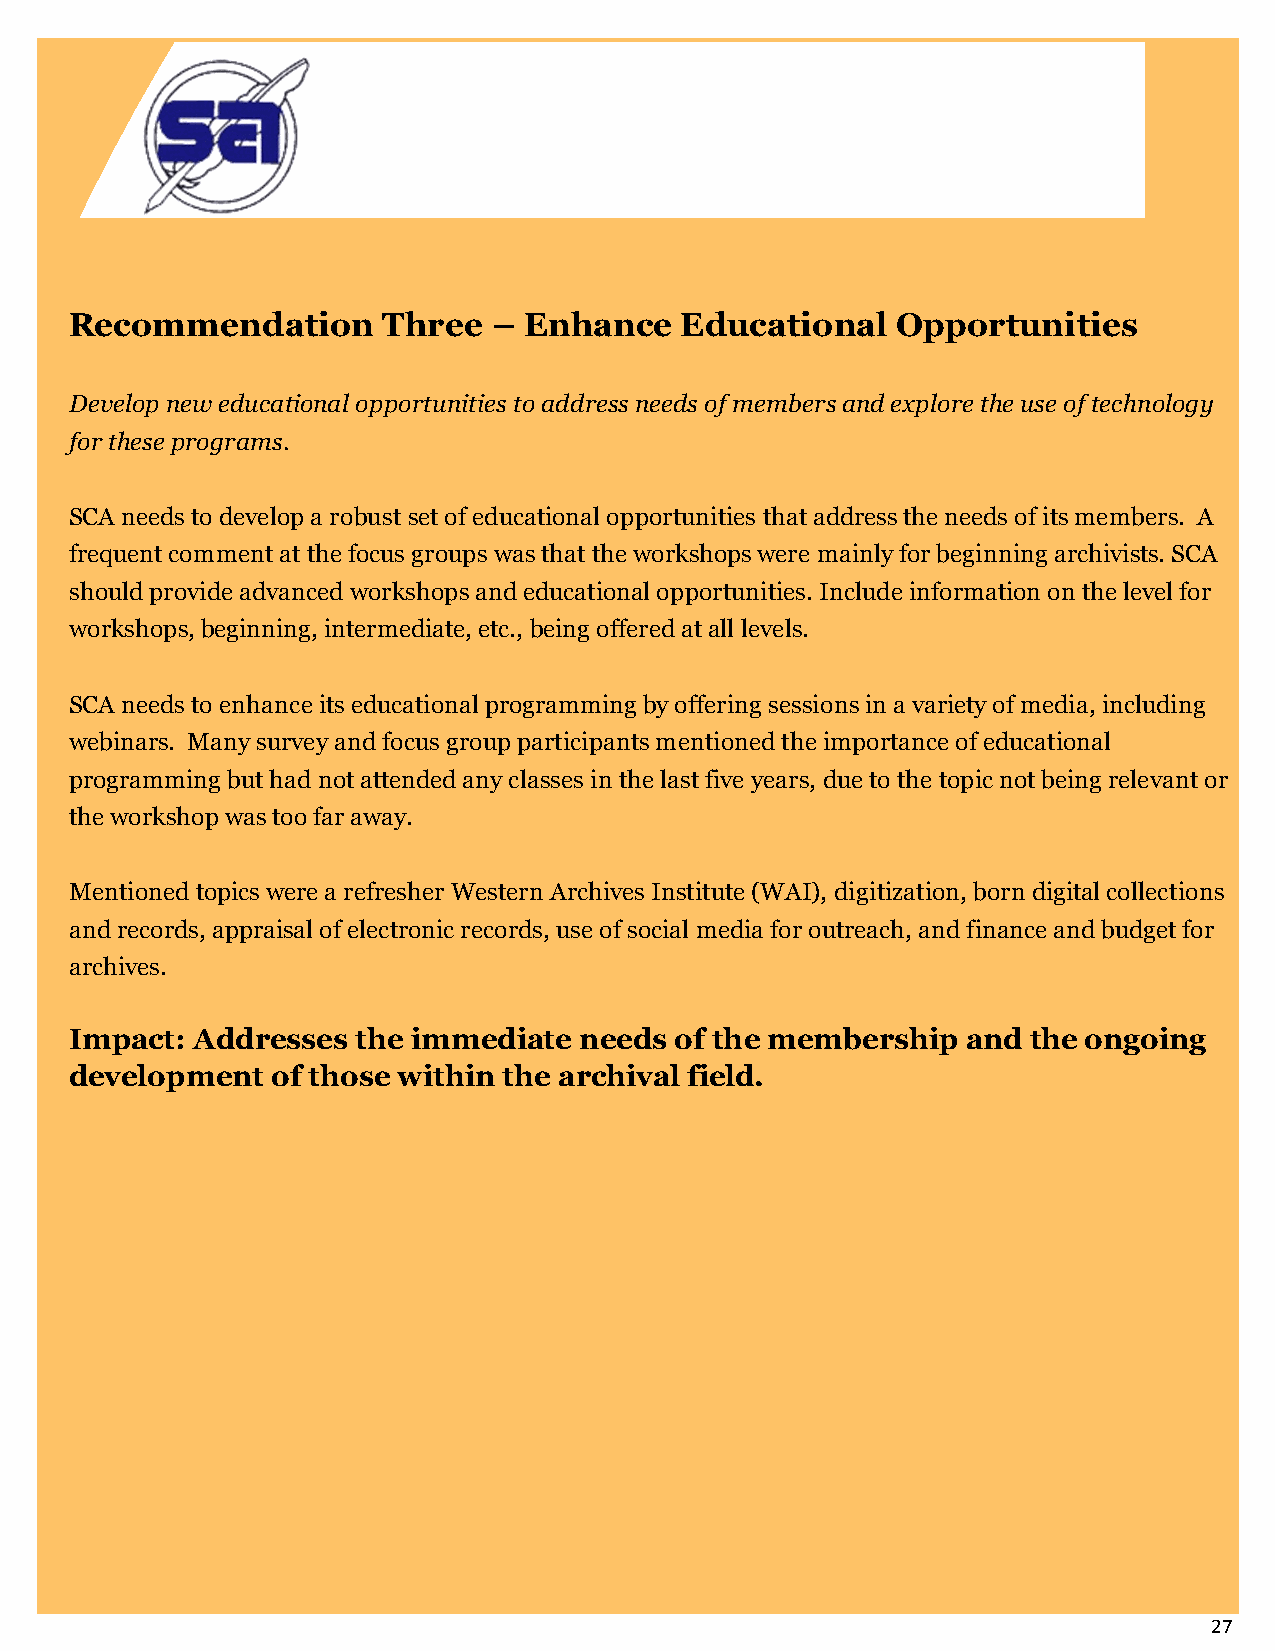
Recommendation      Three   – Enhance   Educational   Opportunities
 Develop new educational opportunities to address needs of members and explore the use of technology
 for these programs.
 SCA needs to develop a robust set of educational opportunities that address the needs of its members. A
 frequent comment at the focus groups was that the workshops were mainly for beginning archivists. SCA
 should provide advanced workshops and educational opportunities. Include information on the level for
 workshops, beginning, intermediate, etc., being offered at all levels.
 SCA needs to enhance its educational programming by offering sessions in a variety of media, including
 webinars. Many survey and focus group participants mentioned the importance of educational
 programming but had not attended any classes in the last five years, due to the topic not being relevant or
 the workshop was too far away.
 Mentioned topics were a refresher Western Archives Institute (WAI), digitization, born digital collections
 and records, appraisal of electronic records, use of social media for outreach, and finance and budget for
 archives.
 Impact: Addresses  the immediate needs  of the membership  and the ongoing
 development  of those within the archival field.
 27